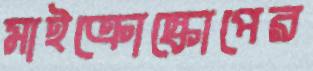
মাইক্রোস্কোপের